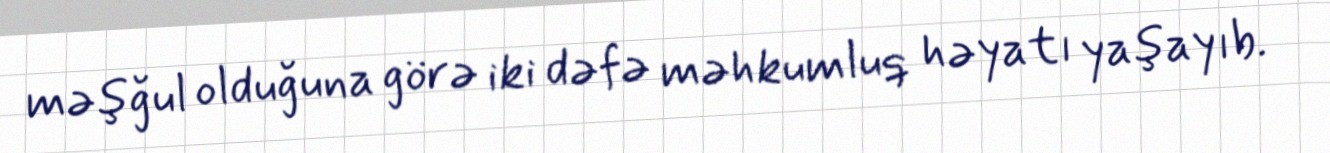
məşğul olduğuna görə iki dəfə məhkumluq həyatı yaşayıb.